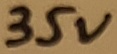
Text: 35V